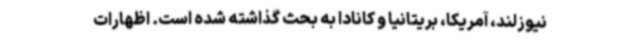
نیوزلند، آمریکا، بریتانیا و کانادا به بحث گذاشته شده است. اظهارات